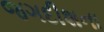
જગદીશના